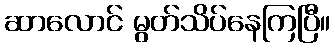
ဆာလောင် မွတ်သိပ်နေကြပြီ။